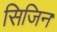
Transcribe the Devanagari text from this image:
सिजिन